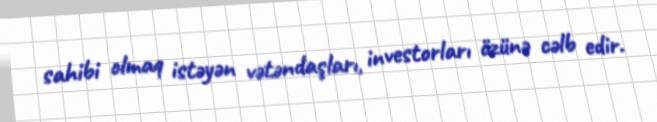
sahibi olmaq istəyən vətəndaşları, investorları özünə cəlb edir.